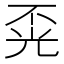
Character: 𱏤